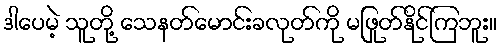
ဒါပေမဲ့ သူတို့ သေနတ်မောင်းခလုတ်ကို မဖြုတ်နိုင်ကြဘူး။